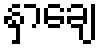
နှာချေ